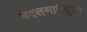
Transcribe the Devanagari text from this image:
बदलणारीसुद्धा